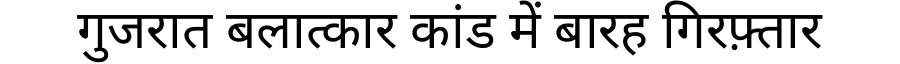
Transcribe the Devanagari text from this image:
गुजरात बलात्कार कांड में बारह गिरफ़्तार